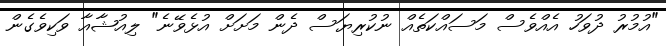
"އުމުރު ދުވަހު އެއްވެސް މަސައްކަތެއް ނުކުރިޔަސް ދެން މަށަށް އުޅެވޭނެ" ލިއުޝާއާ ވަކިވެގެން